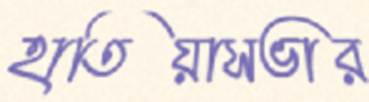
হাতিয়াসভার